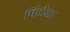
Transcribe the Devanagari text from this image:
पिटीका